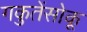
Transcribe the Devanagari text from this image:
गकुतेंसोकू